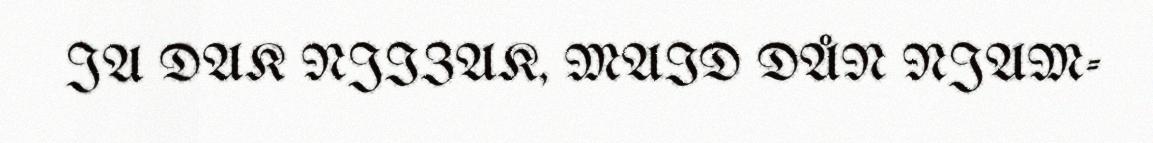
JA DAK NJIZAK, MAID DÅN NJAM-